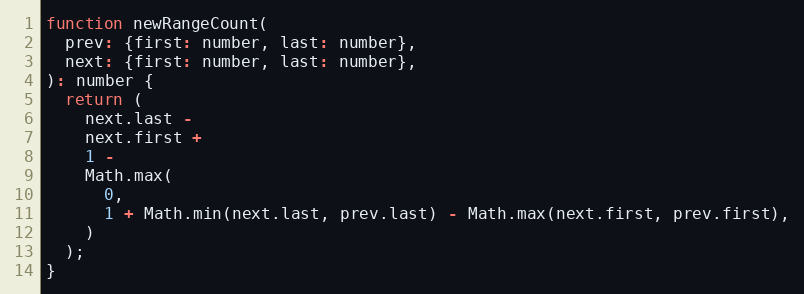
Language: JavaScript
function newRangeCount(
  prev: {first: number, last: number},
  next: {first: number, last: number},
): number {
  return (
    next.last -
    next.first +
    1 -
    Math.max(
      0,
      1 + Math.min(next.last, prev.last) - Math.max(next.first, prev.first),
    )
  );
}